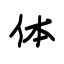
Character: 体